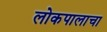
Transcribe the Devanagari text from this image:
लोकपालाचा